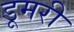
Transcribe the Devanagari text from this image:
डूमरी